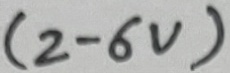
Text: (2-6V)